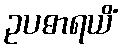
ဥပဓာရယိံ